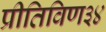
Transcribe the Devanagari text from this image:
प्रीतिविण३४